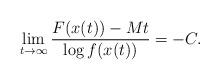
LaTeX: \begin{align*} \lim_{t\to\infty} \frac{F(x(t))-Mt}{\log f(x(t))}=-C.\end{align*}